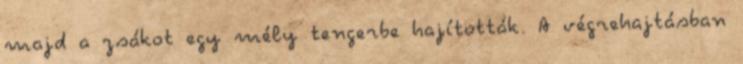
majd a zsákot egy mély tengerbe hajították. A végrehajtásban